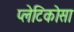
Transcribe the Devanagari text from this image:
प्लेटिकोसा